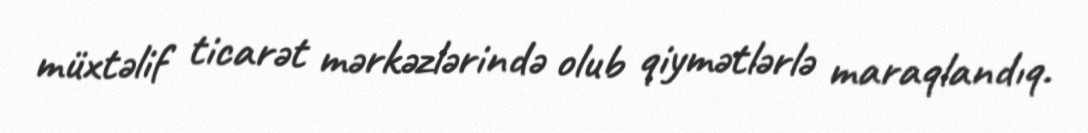
müxtəlif ticarət mərkəzlərində olub qiymətlərlə maraqlandıq.